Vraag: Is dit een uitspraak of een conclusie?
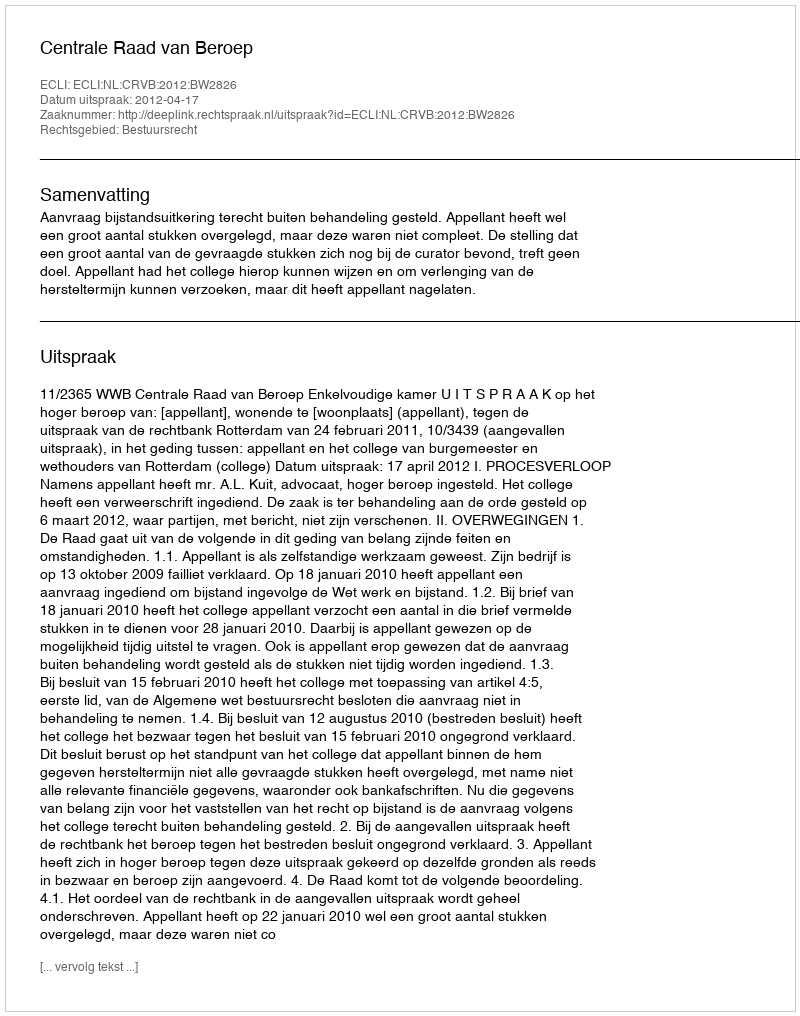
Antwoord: Uitspraak